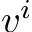
v ^ { i }